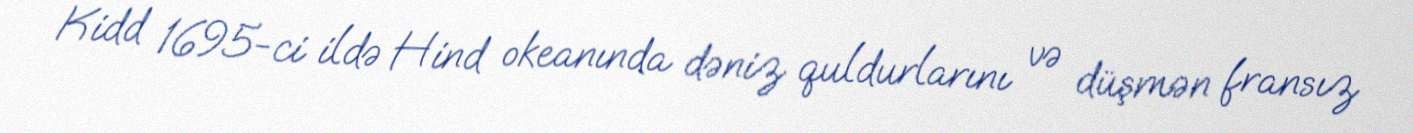
Kidd 1695-ci ildə Hind okeanında dəniz quldurlarını və düşmən fransız